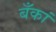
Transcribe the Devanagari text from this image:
बँकां